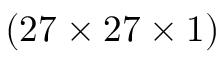
( 2 7 \times 2 7 \times 1 )